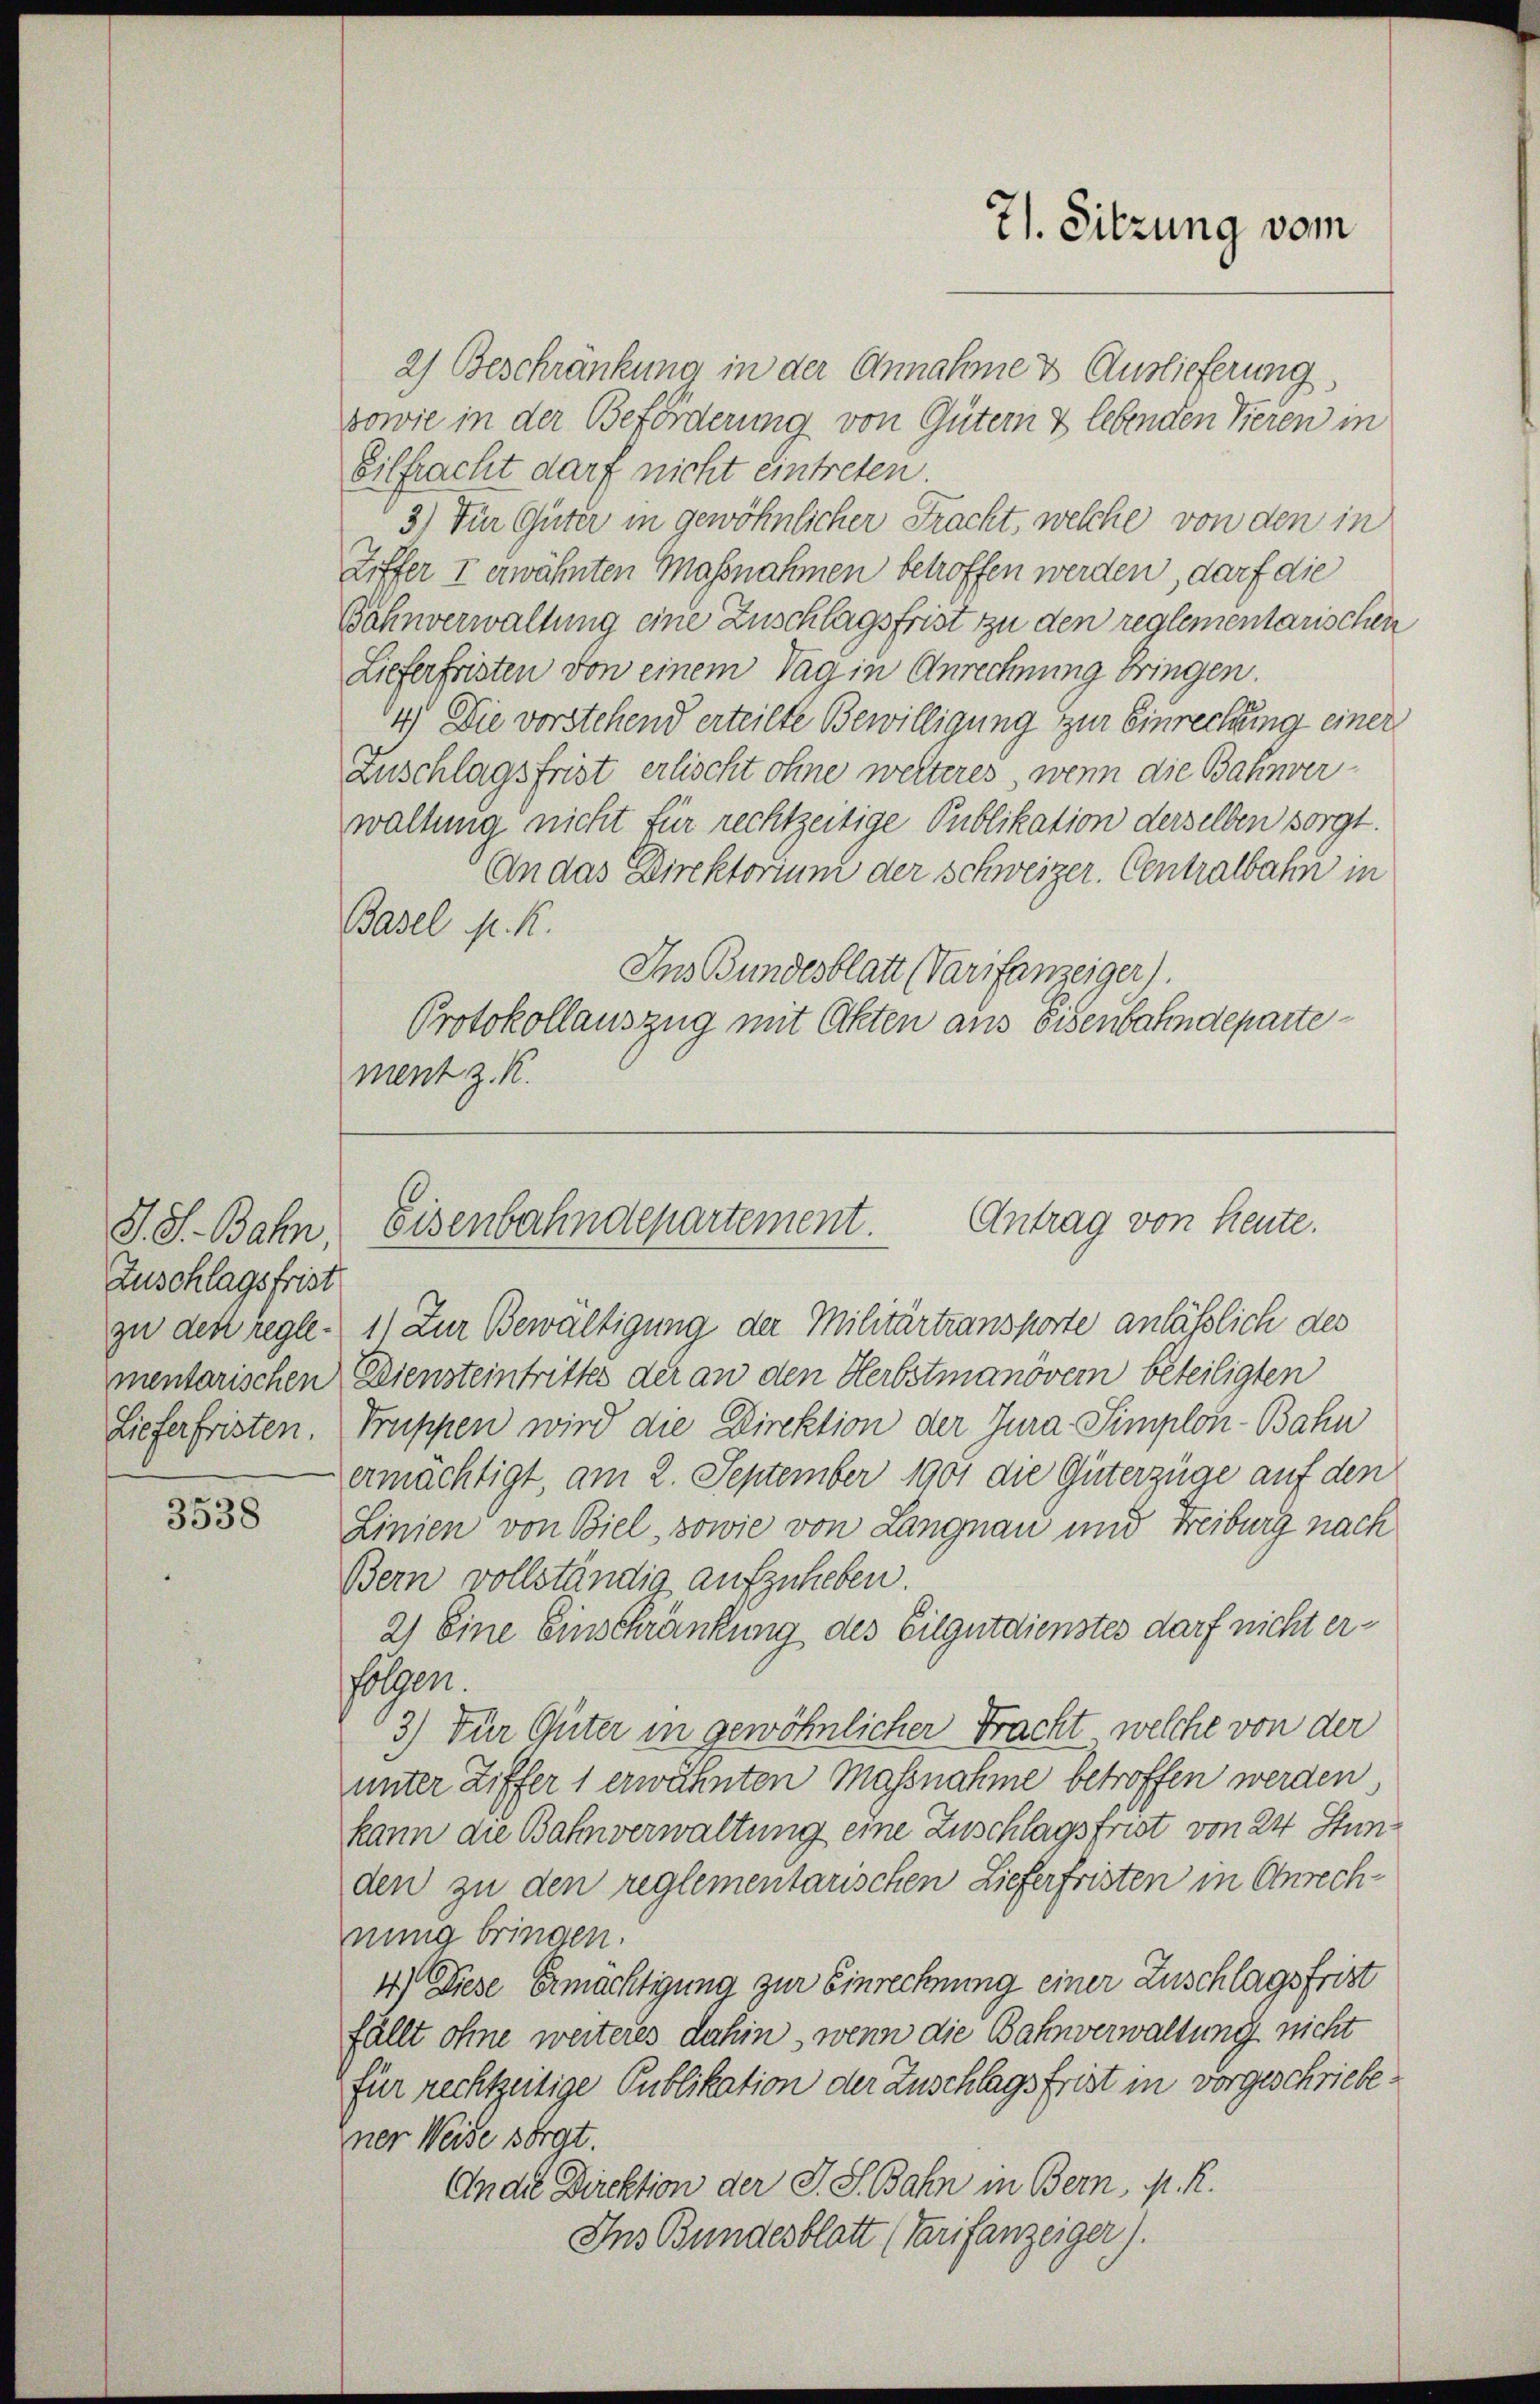
S. S. Bahn
Zuschlagsfrist
zu den reglementarischen
Lieferfristen.

3538

2) Beschränkung in der Annahme & Auslieferung
sowie in der Beförderung von Gütern & lebenden Vieren in
Eilfracht darf nicht eintreten
3.) Für Güter in gewöhnlicher Fracht, welche von den in
Ziffer I erwähnten Massnahmen betroffen werden, darf die
Bahnverwaltung eine Zuschlagsfrist zu den reglementarischen
Lieferfristen von einem Tag in Anrechnung bringen.
4) Die vorstehend erteilte Bewilligung zur Einrechung einer
Zuschlagsfrist erlischt ohne weiteres, wenn die Bahnverwaltung nicht für rechtzeitige Publikation derselben sorgt.
An das Direktorium der Schweizer. Centralbahn in
Basel N. K.
Ins Bundesblatt (Tarifanzeiger).
Protokollauszug mit Akten aus Eisenbahndepartement z. R.

1) Zur Bewältigung der Militärtransporte anlässlich des
Diensteintrittes der an den Herbstmanöver beteiligten
Truppen wird die Direktion der Jura Simplon-Bahn
ermächtigt, am 2. September 1901 die Güterzüge auf den
Linien von Biel, sowie von Langnau und Freiburg nach
Bern vollständig aufzuheben.
21 Eine Einschränkung des Eilgutdienstes darf nicht erfolgen.
3.) Für Güter in gewöhnlicher Fracht, welche von der
unter Ziffer 1 erwähnten Massnahme betroffen werden
kann die Bahnverwaltung eine Zuschlagsfrist von 24 Stunden zu den reglementarischen Lieferfristen in Anrechnung bringen.
4) Diese Ermächtigung zur Einrechnung einer Zuschlagsfrist
fällt ohne weiteres dahin, wenn die Bahnverwaltung nicht
für rechtzeitige Publikation der Zuschlagsfrist in vorgeschriebener Weise sorgt.
Ander Direktion der J. S. Bahn in Bern, M. R.
Ins Bundesblatt (Tarifanzeiger).

71. Sitzung vom

Antrag von heute.
Eisenbahndepartement.